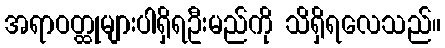
အရာဝတ္ထုများပါရှိရဦးမည်ကို သိရှိရလေသည်။